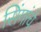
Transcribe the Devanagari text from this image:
सिंगांचे